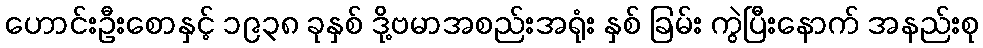
ဟောင်းဦးစောနှင့် ၁၉၃၈ ခုနှစ် ဒို့ဗမာအစည်းအရုံး နှစ် ခြမ်း ကွဲပြီးနောက် အနည်းစု